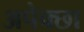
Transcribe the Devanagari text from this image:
अपेक्छा